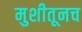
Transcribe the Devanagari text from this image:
मुशीतूनच